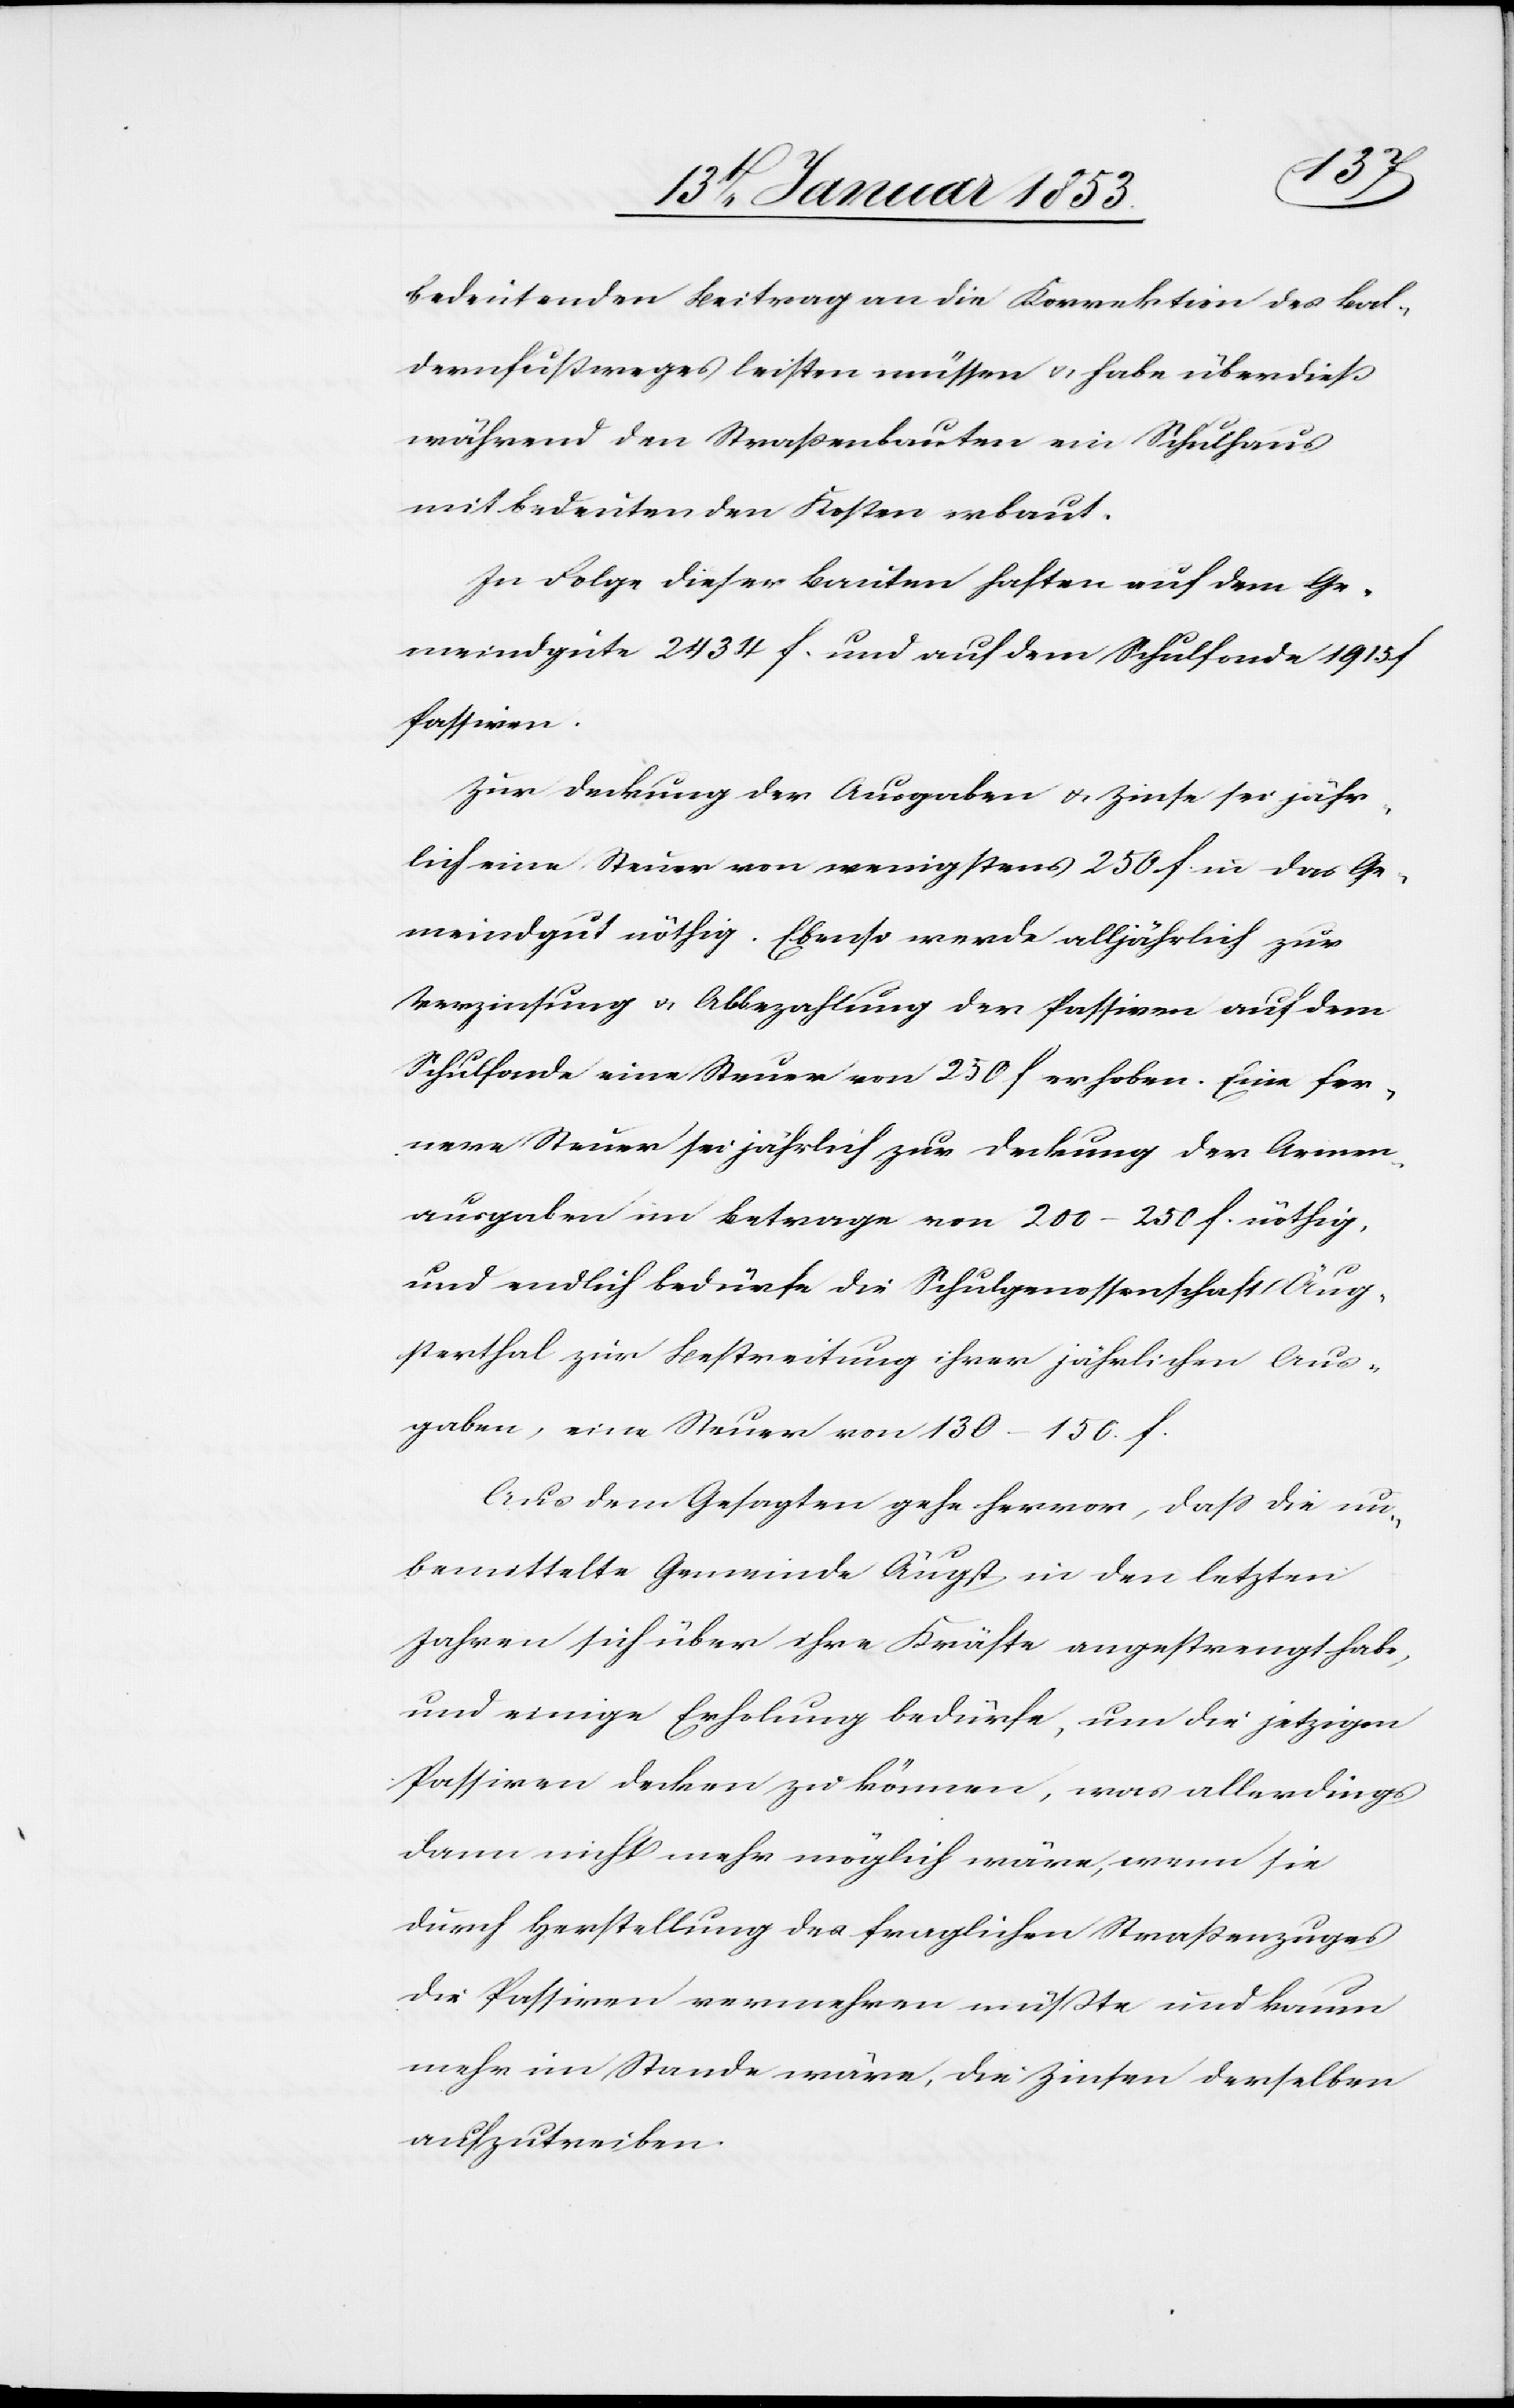
bedeutenden Beitrag an die Korrektion des Bal¬
dernfussweges leisten müssen, u. habe überdieß
während den Strassenbauten ein Schulhaus
mit bedeutenden Kosten erbaut.
In Folge dieser Bauten haften auf dem Ge¬
meindgute 2434 f. und auf dem Schulfonde 1915 f
Passiven.
Zur Deckung der Ausgaben u. Zinse sei jähr¬
lich eine Steuer von wenigstens 250 f in das Ge¬
meindgut nöthig. Ebenso werde alljährlich zur
Verzinsung u. Abbezahlung der Passiven auf dem
Schulfonde eine Steuer von 250 f erhoben. Eine fer¬
nere Steuer sei jährlich zur Deckung der Armen¬
ausgaben im Betrage von 200–250 f. nöthig,
und endlich bedürfe die Schulgenossenschaft Äug¬
sterthal zur Bestreitung ihrer jährlichen Aus¬
gaben, eine Steuer von 130–150. f.
Aus dem Gesagten gehe hervor, dass die un¬
bemittelte Gemeinde Äugst in den letzten
Jahren sich über ihre Kräfte angestrengt habe,
und einige Erholung bedürfe, um die jetzigen
Passiven decken zu können, was allerdings
dann nicht mehr möglich wäre, wenn sie
durch Herstellung des fraglichen Strassenzuges
die Passiven vermehren müßte und kaum
mehr im Stande wäre, die Zinsen derselben
aufzutreiben.